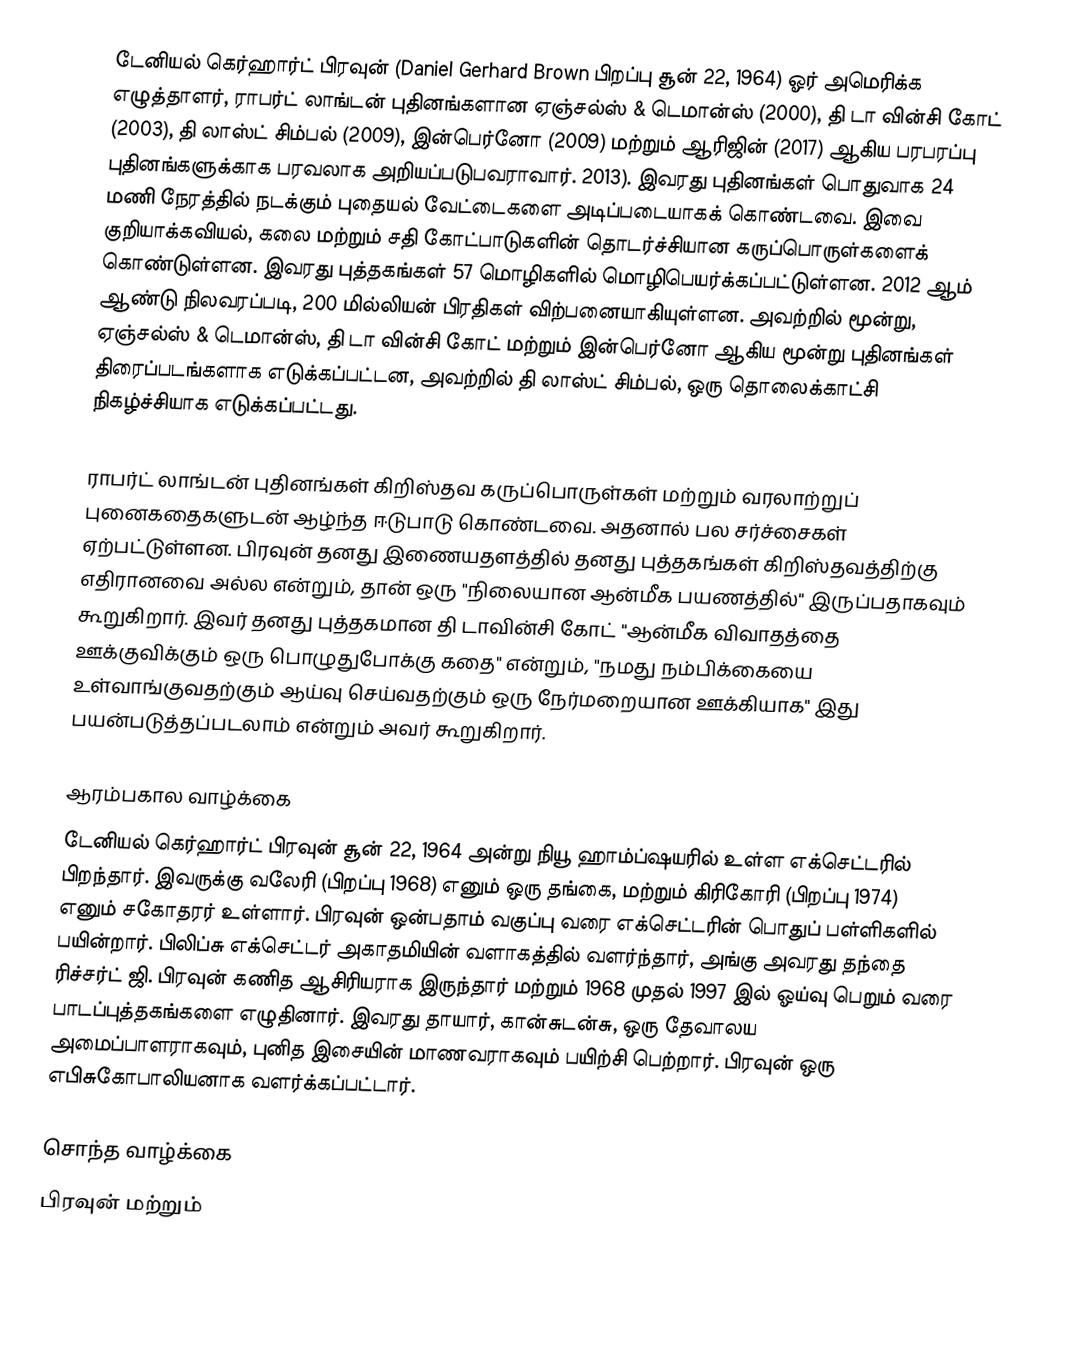
டேனியல் கெர்ஹார்ட் பிரவுன் (Daniel Gerhard Brown பிறப்பு சூன் 22, 1964) ஓர் அமெரிக்க எழுத்தாளர், ராபர்ட் லாங்டன் புதினங்களான ஏஞ்சல்ஸ் & டெமான்ஸ் (2000), தி டா வின்சி கோட் (2003), தி லாஸ்ட் சிம்பல் (2009), இன்பெர்னோ (2009) மற்றும் ஆரிஜின் (2017) ஆகிய பரபரப்பு  புதினங்களுக்காக பரவலாக அறியப்படுபவராவார். 2013). இவரது புதினங்கள் பொதுவாக 24 மணி நேரத்தில் நடக்கும் புதையல் வேட்டைகளை அடிப்படையாகக் கொண்டவை.  இவை குறியாக்கவியல், கலை மற்றும் சதி கோட்பாடுகளின் தொடர்ச்சியான கருப்பொருள்களைக் கொண்டுள்ளன. இவரது புத்தகங்கள் 57 மொழிகளில் மொழிபெயர்க்கப்பட்டுள்ளன. 2012 ஆம் ஆண்டு நிலவரப்படி, 200 மில்லியன் பிரதிகள் விற்பனையாகியுள்ளன. அவற்றில் மூன்று, ஏஞ்சல்ஸ் & டெமான்ஸ், தி டா வின்சி கோட் மற்றும் இன்பெர்னோ ஆகிய மூன்று புதினங்கள்  திரைப்படங்களாக எடுக்கப்பட்டன, அவற்றில் தி லாஸ்ட் சிம்பல், ஒரு தொலைக்காட்சி நிகழ்ச்சியாக எடுக்கப்பட்டது.

ராபர்ட் லாங்டன் புதினங்கள் கிறிஸ்தவ கருப்பொருள்கள் மற்றும் வரலாற்றுப் புனைகதைகளுடன் ஆழ்ந்த ஈடுபாடு கொண்டவை. அதனால் பல சர்ச்சைகள் ஏற்பட்டுள்ளன. பிரவுன் தனது இணையதளத்தில் தனது புத்தகங்கள் கிறிஸ்தவத்திற்கு எதிரானவை அல்ல என்றும், தான் ஒரு "நிலையான ஆன்மீக பயணத்தில்" இருப்பதாகவும் கூறுகிறார்.  இவர் தனது புத்தகமான தி டாவின்சி கோட் "ஆன்மீக விவாதத்தை ஊக்குவிக்கும் ஒரு பொழுதுபோக்கு கதை" என்றும், "நமது நம்பிக்கையை உள்வாங்குவதற்கும் ஆய்வு செய்வதற்கும் ஒரு நேர்மறையான ஊக்கியாக" இது பயன்படுத்தப்படலாம் என்றும் அவர் கூறுகிறார்.

ஆரம்பகால வாழ்க்கை
டேனியல் கெர்ஹார்ட் பிரவுன் சூன் 22, 1964 அன்று நியூ ஹாம்ப்ஷயரில் உள்ள எக்செட்டரில் பிறந்தார்.  இவருக்கு வலேரி (பிறப்பு 1968) எனும் ஒரு தங்கை, மற்றும் கிரிகோரி (பிறப்பு 1974) எனும் சகோதரர் உள்ளார். பிரவுன் ஒன்பதாம் வகுப்பு வரை எக்செட்டரின் பொதுப் பள்ளிகளில் பயின்றார்.  பிலிப்சு எக்செட்டர் அகாதமியின் வளாகத்தில் வளர்ந்தார், அங்கு அவரது தந்தை ரிச்சர்ட் ஜி. பிரவுன் கணித ஆசிரியராக இருந்தார் மற்றும் 1968 முதல் 1997 இல் ஓய்வு பெறும் வரை பாடப்புத்தகங்களை எழுதினார்.   இவரது தாயார், கான்சுடன்சு, ஒரு தேவாலய அமைப்பாளராகவும், புனித இசையின் மாணவராகவும் பயிற்சி பெற்றார்.  பிரவுன் ஒரு எபிசுகோபாலியனாக வளர்க்கப்பட்டார்.

சொந்த வாழ்க்கை
பிரவுன் மற்றும்